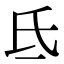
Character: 氐